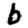
Digit: 6